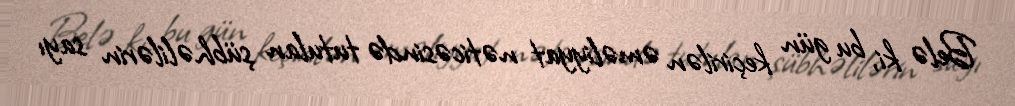
Belə ki, bu gün keçirilən əməliyyat nəticəsində tutulan şübhəlilərin sayı